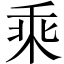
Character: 乘